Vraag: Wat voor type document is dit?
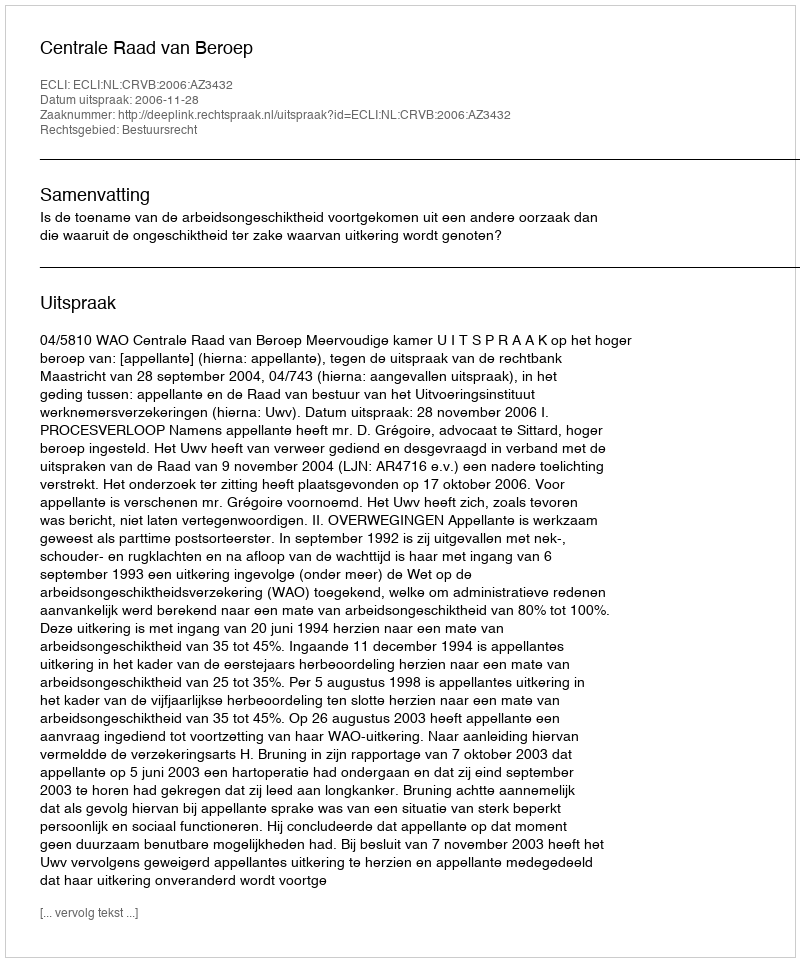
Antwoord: Uitspraak